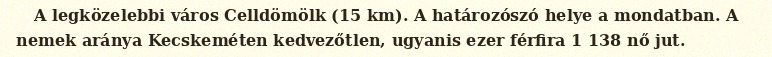
A legközelebbi város Celldömölk (15 km). A határozószó helye a mondatban. A nemek aránya Kecskeméten kedvezőtlen, ugyanis ezer férfira 1 138 nő jut.